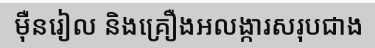
ម៉ឺនរៀល និងគ្រឿងអលង្ការសរុបជាង